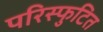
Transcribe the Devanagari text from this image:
परिस्फुटित